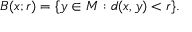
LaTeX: B ( x ; r ) = \{ y \in M : d ( x , y ) < r \} .